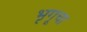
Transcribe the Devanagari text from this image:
भृगूचा